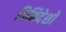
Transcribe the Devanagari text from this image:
विनिदेशों